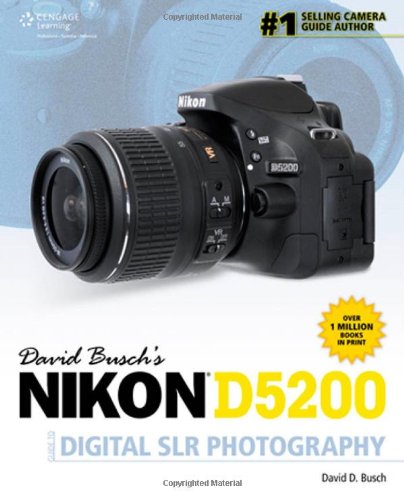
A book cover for David Busch's Nikon D5200 Guide to Digital SLR Photography (David Busch's Digital Photography Guides); David D. Busch; Arts & Photography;